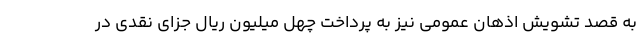
به قصد تشویش اذهان عمومی نیز به پرداخت چهل میلیون ریال جزای نقدی در